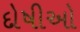
દોષીઓ